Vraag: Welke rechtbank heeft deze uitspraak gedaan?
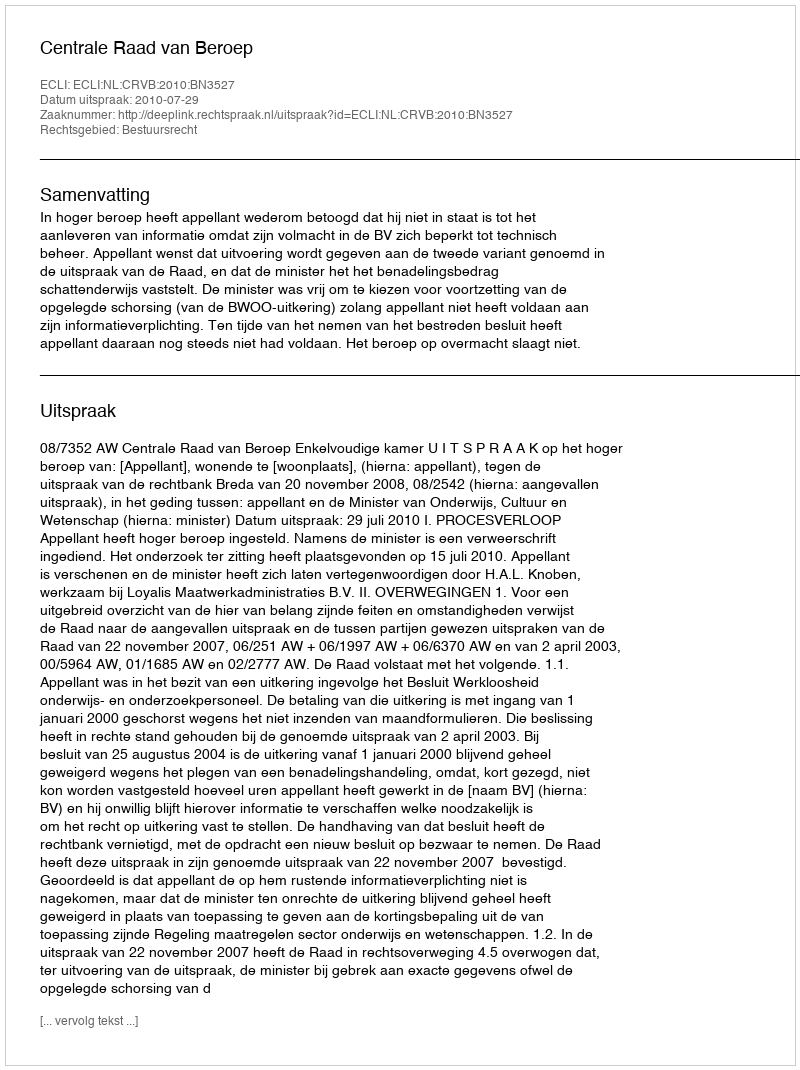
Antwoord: Centrale Raad van Beroep